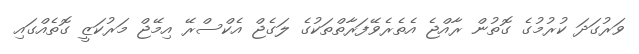
ވަރުގަދަ ކުރުމުގެ ގޮތުން ރާއްޖެ އެތެރެވޭފަރާތްތަކުގެ ލަގެޖް އެކްސްރޭ އިމޭޖް މަރުކަޒީ ގޮތެއްގައި